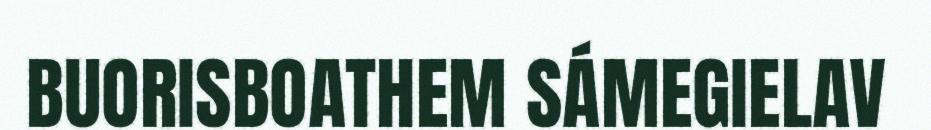
BUORISBOATHEM SÁMEGIELAV